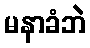
မနာခံဘဲ